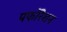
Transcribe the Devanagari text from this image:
पर्फोरेशन